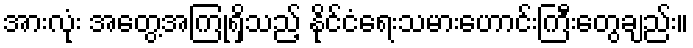
အားလုံး အတွေ့အကြုံရှိသည့် နိုင်ငံရေးသမားဟောင်းကြီးတွေချည်း။